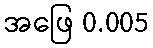
အဖြေ 0.005